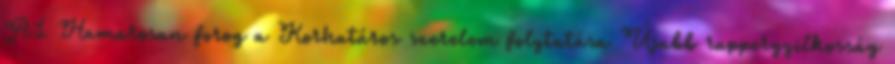
A1 Hamarosan forog a Korhatáros szerelem folytatása Újabb rappergyilkosság